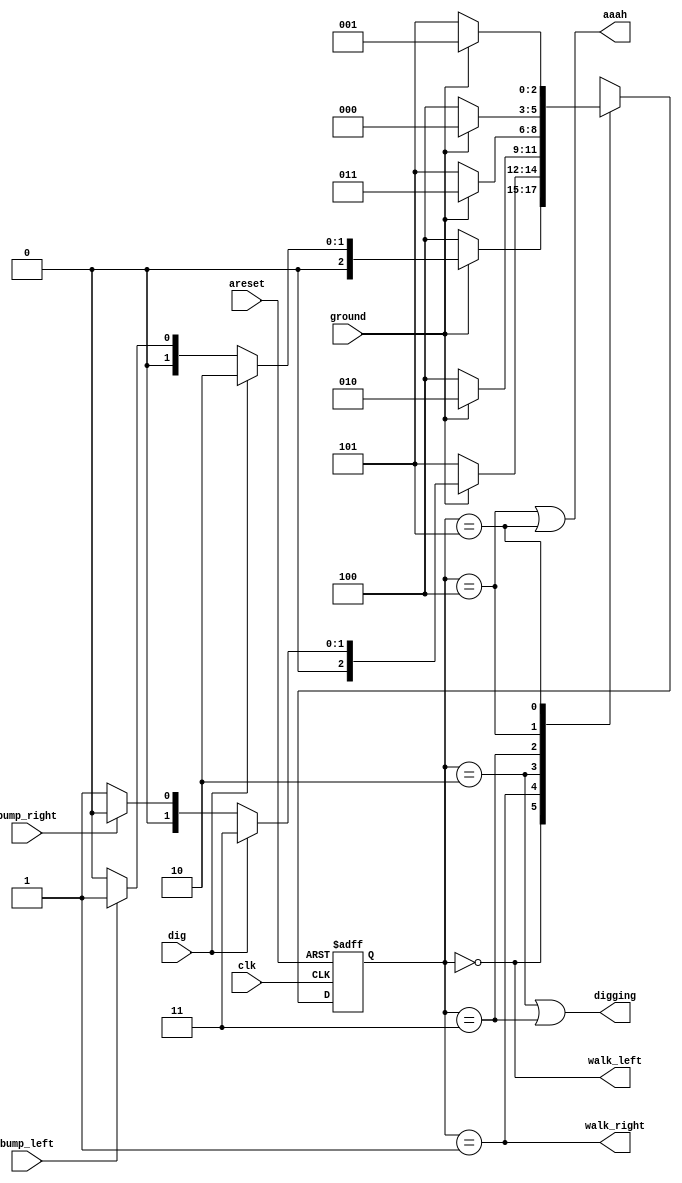
module top_module(
    input clk,
    input areset,    // Freshly brainwashed Lemmings walk left.
    input bump_left,
    input bump_right,
    input ground,
    input dig,
    output walk_left,
    output walk_right,
    output aaah,
    output digging ); 
    parameter [2:0] left = 0, right = 1, left_dig = 2, right_dig = 3, left_fall = 4, right_fall = 5;
    reg [2:0] state, next_state;

    always @(*) begin
        case(state)
            left : begin
                if (!ground) next_state = left_fall;
                else if (dig) next_state = left_dig;
                else if (bump_left) next_state = right;
                else next_state = left;
            end
            right : begin
                if (!ground) next_state = right_fall;
                else if (dig) next_state = right_dig;
                else if (bump_right) next_state = left;
                else next_state = right;
            end
            left_dig : begin
                if (!ground) next_state = left_fall;
                else next_state = left_dig;
            end
            right_dig : begin
                if (!ground) next_state = right_fall;
                else next_state = right_dig;
            end
            left_fall : next_state = ground ? left : left_fall;
            right_fall : next_state = ground ? right : right_fall;
            default : next_state = 3'bx;
        endcase
    end

    always @(posedge clk, posedge areset) begin
        if (areset) state <= left;
        else state <= next_state;
    end

    assign walk_left = (state == left);
    assign walk_right = (state == right);
    assign aaah = (state == left_fall) | (state == right_fall);
    assign digging = (state == left_dig) | (state == right_dig);
endmodule